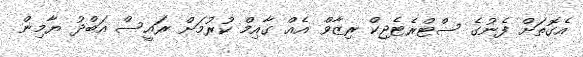
އެގޮތަށް ފެނުގެ ސްޓްރެޓެޖިކް ރިޒާވް އެއް ގާއިމް ކުރުމަށް ރައީސް އަބްދު ޔާމިން